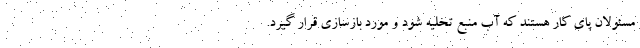
مسئولان پای کار هستند که آب منبع تخلیه شود و مورد بازسازی قرار گیرد.